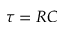
\tau = R C